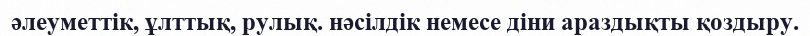
әлеуметтік, ұлттық, рулық. нәсілдік немесе діни араздықты қоздыру.